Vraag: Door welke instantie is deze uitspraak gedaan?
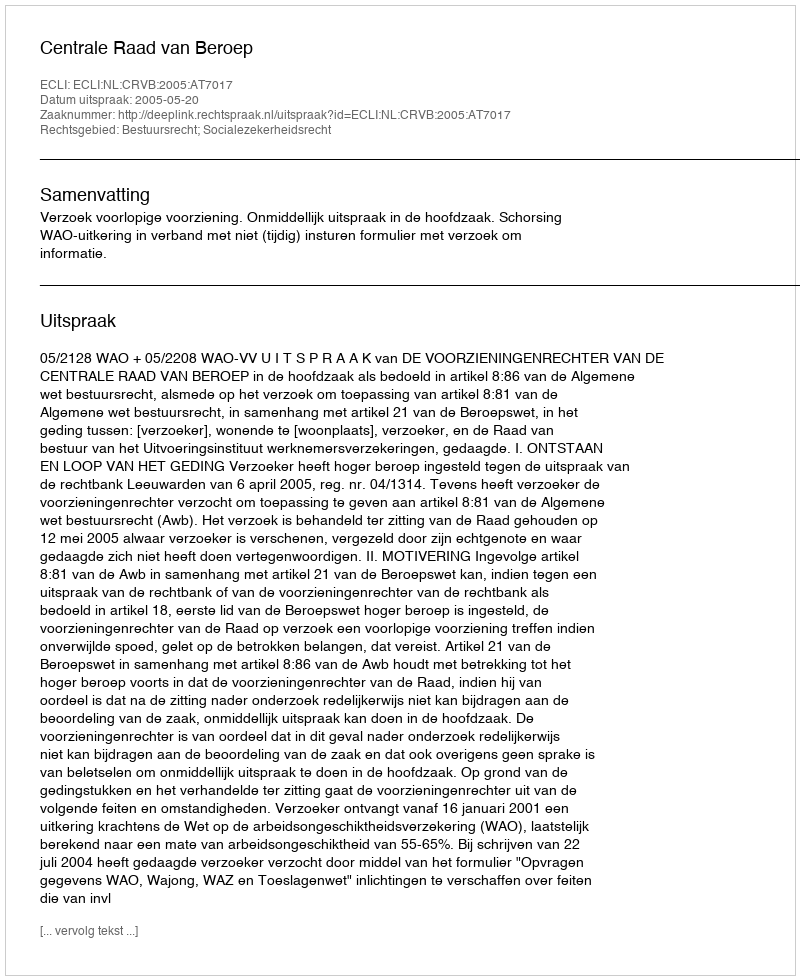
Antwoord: Centrale Raad van Beroep